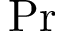
\mathrm { P r }